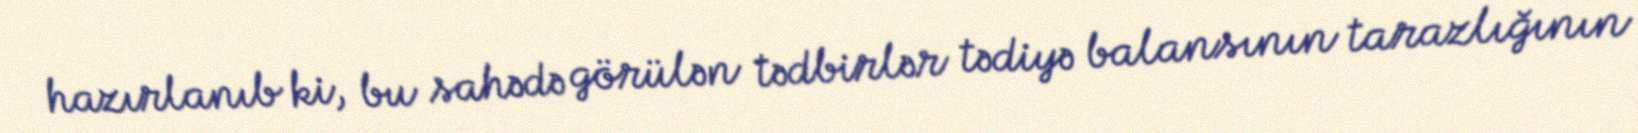
hazırlanıb ki, bu sahədə görülən tədbirlər tədiyə balansının tarazlığının